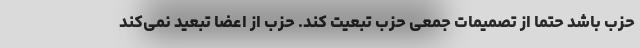
حزب باشد حتما از تصمیمات جمعی حزب تبعیت کند. حزب از اعضا تبعید نمی‌کند